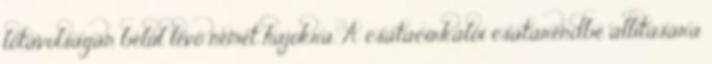
lőtávolságán belül lévő német hajókra. A csatacirkálói csatarendbe állítására